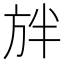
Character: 𭤲